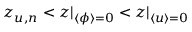
z _ { u , n } < z | _ { \langle \phi \rangle = 0 } < z | _ { \langle u \rangle = 0 }